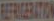
REFRIGERATION